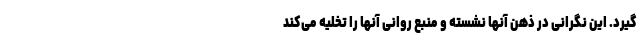
‌گیرد. این نگرانی در ذهن آنها نشسته و منبع روانی آنها را تخلیه می‌کند